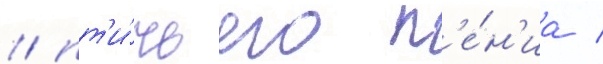
/ пт'и́чьего п'е́н'иа /